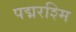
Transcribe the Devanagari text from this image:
पद्मरश्मि